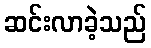
ဆင်းလာခဲ့သည်